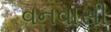
વનવાસી